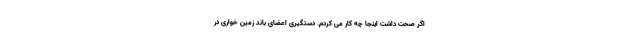
اگر صحت داشت اینجا چه کار می کردم. دستگیری اعضای باند زمین خواری در